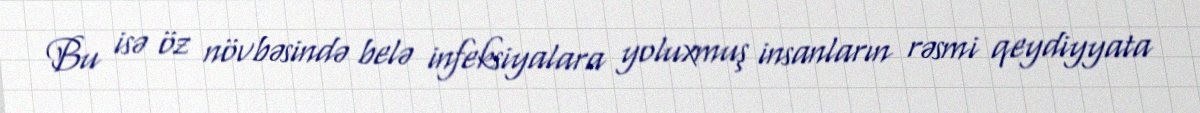
Bu isə öz növbəsində belə infeksiyalara yoluxmuş insanların rəsmi qeydiyyata